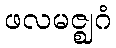
ဖလမဇ္ဈဂံ